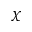
\chi